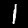
Digit: 1